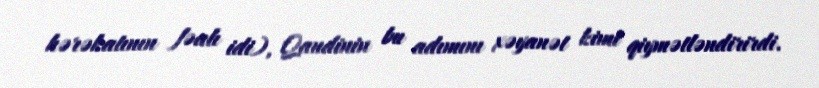
hərəkatının fəalı idi), Qandinin bu adımını xəyanət kimi qiymətləndirirdi.